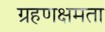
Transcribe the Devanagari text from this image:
ग्रहणक्षमता